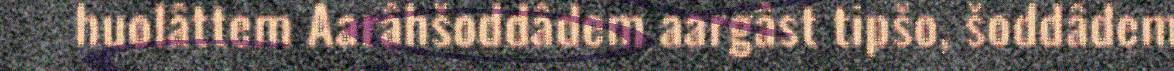
huolâttem Aarâhšoddâdem aargâst tipšo, šoddâdem